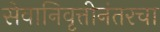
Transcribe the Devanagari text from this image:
सेवानिवृत्तीनंतरचा